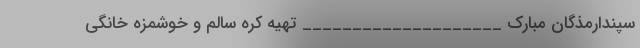
سپندارمذگان مبارک ____________________ تهیه کره سالم و خوشمزه خانگی